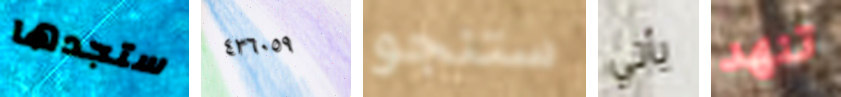
ستجدها ٤٣٦٠٥٩ ستنجو يأتي تنهد